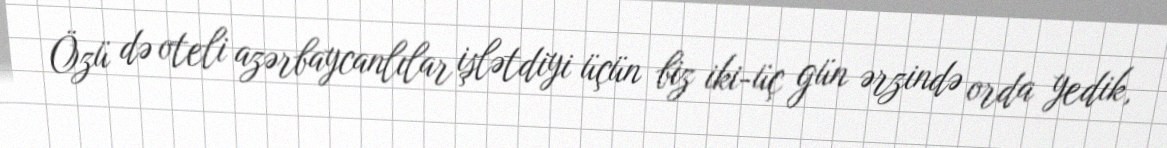
Özü də oteli azərbaycanlılar işlətdiyi üçün biz iki-üç gün ərzində orda yedik,